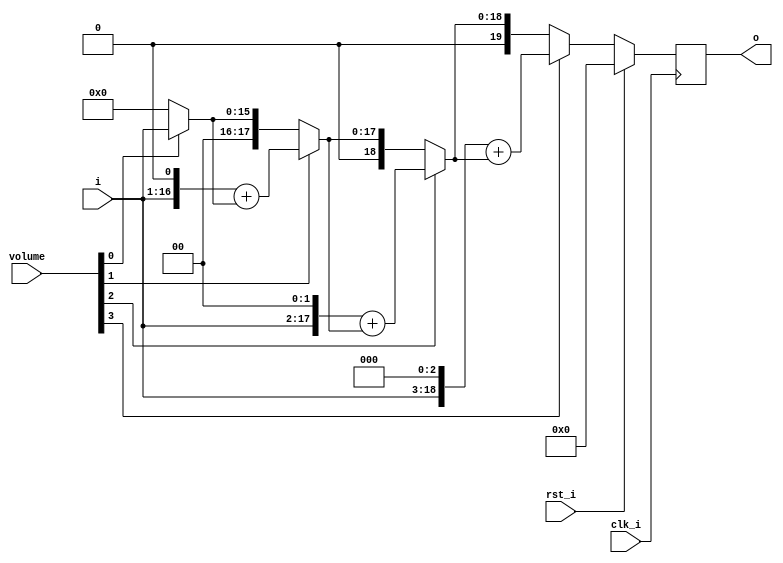
`timescale 1ns / 1ps
// ============================================================================
//	(C) 2007,2012  Robert Finch
//	All rights reserved.
//	robfinch<remove>@opencores.org
//
//	PSGMasterVolumeControl.v 
//		Controls the PSG's output volume.
//
// This source file is free software: you can redistribute it and/or modify 
// it under the terms of the GNU Lesser General Public License as published 
// by the Free Software Foundation, either version 3 of the License, or     
// (at your option) any later version.                                      
//                                                                          
// This source file is distributed in the hope that it will be useful,      
// but WITHOUT ANY WARRANTY; without even the implied warranty of           
// MERCHANTABILITY or FITNESS FOR A PARTICULAR PURPOSE.  See the            
// GNU General Public License for more details.                             
//                                                                          
// You should have received a copy of the GNU General Public License        
// along with this program.  If not, see <http://www.gnu.org/licenses/>.    
//	
//============================================================================ */

module PSGMasterVolumeControl(rst_i, clk_i, i, volume, o);
input rst_i;
input clk_i;
input [15:0] i;
input [3:0] volume;
output [19:0] o;
reg [19:0] o;

// Multiply 16x4 bits
wire [19:0] v1 = volume[0] ? i : 20'd0;
wire [19:0] v2 = volume[1] ? {i,1'b0} + v1: v1;
wire [19:0] v3 = volume[2] ? {i,2'b0} + v2: v2;
wire [19:0] vo = volume[3] ? {i,3'b0} + v3: v3;

always @(posedge clk_i)
	if (rst_i)
		o <= 20'b0;		// Force the output volume to zero on reset
	else
		o <= vo;

endmodule